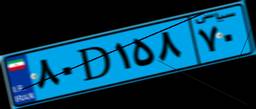
۸۰D۱۵۸۷۰